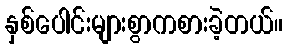
နှစ်ပေါင်းများစွာကစားခဲ့တယ်။